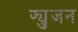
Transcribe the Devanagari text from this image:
फ्युजन